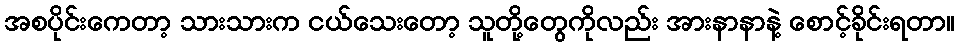
အစပိုင်းကေတာ့ သားသားက ငယ်သေးတော့ သူတို့တွေကိုလည်း အားနာနာနဲ့ စောင့်ခိုင်းရတာ။